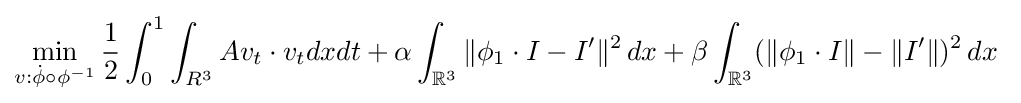
\min _{v:{\dot {\phi }}\circ \phi ^{-1}}{\frac {1}{2}}\int _{0}^{1}\int _{R^{3}}Av_{t}\cdot v_{t}dxdt+\alpha \int _{{\mathbb {R} }^{3}}\|\phi _{1}\cdot I-I^{\prime }\|^{2}\,dx+\beta \int _{{\mathbb {R} }^{3}}(\|\phi _{1}\cdot I\|-\|I^{\prime }\|)^{2}\,dx\